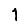
Digit: 1